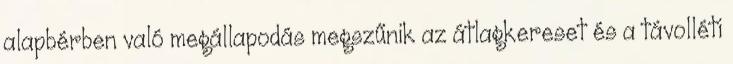
alapbérben való megállapodás megszűnik az átlagkereset és a távolléti